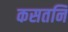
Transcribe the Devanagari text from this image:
कसतनि